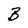
Character: B